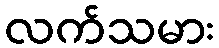
လက်သမား